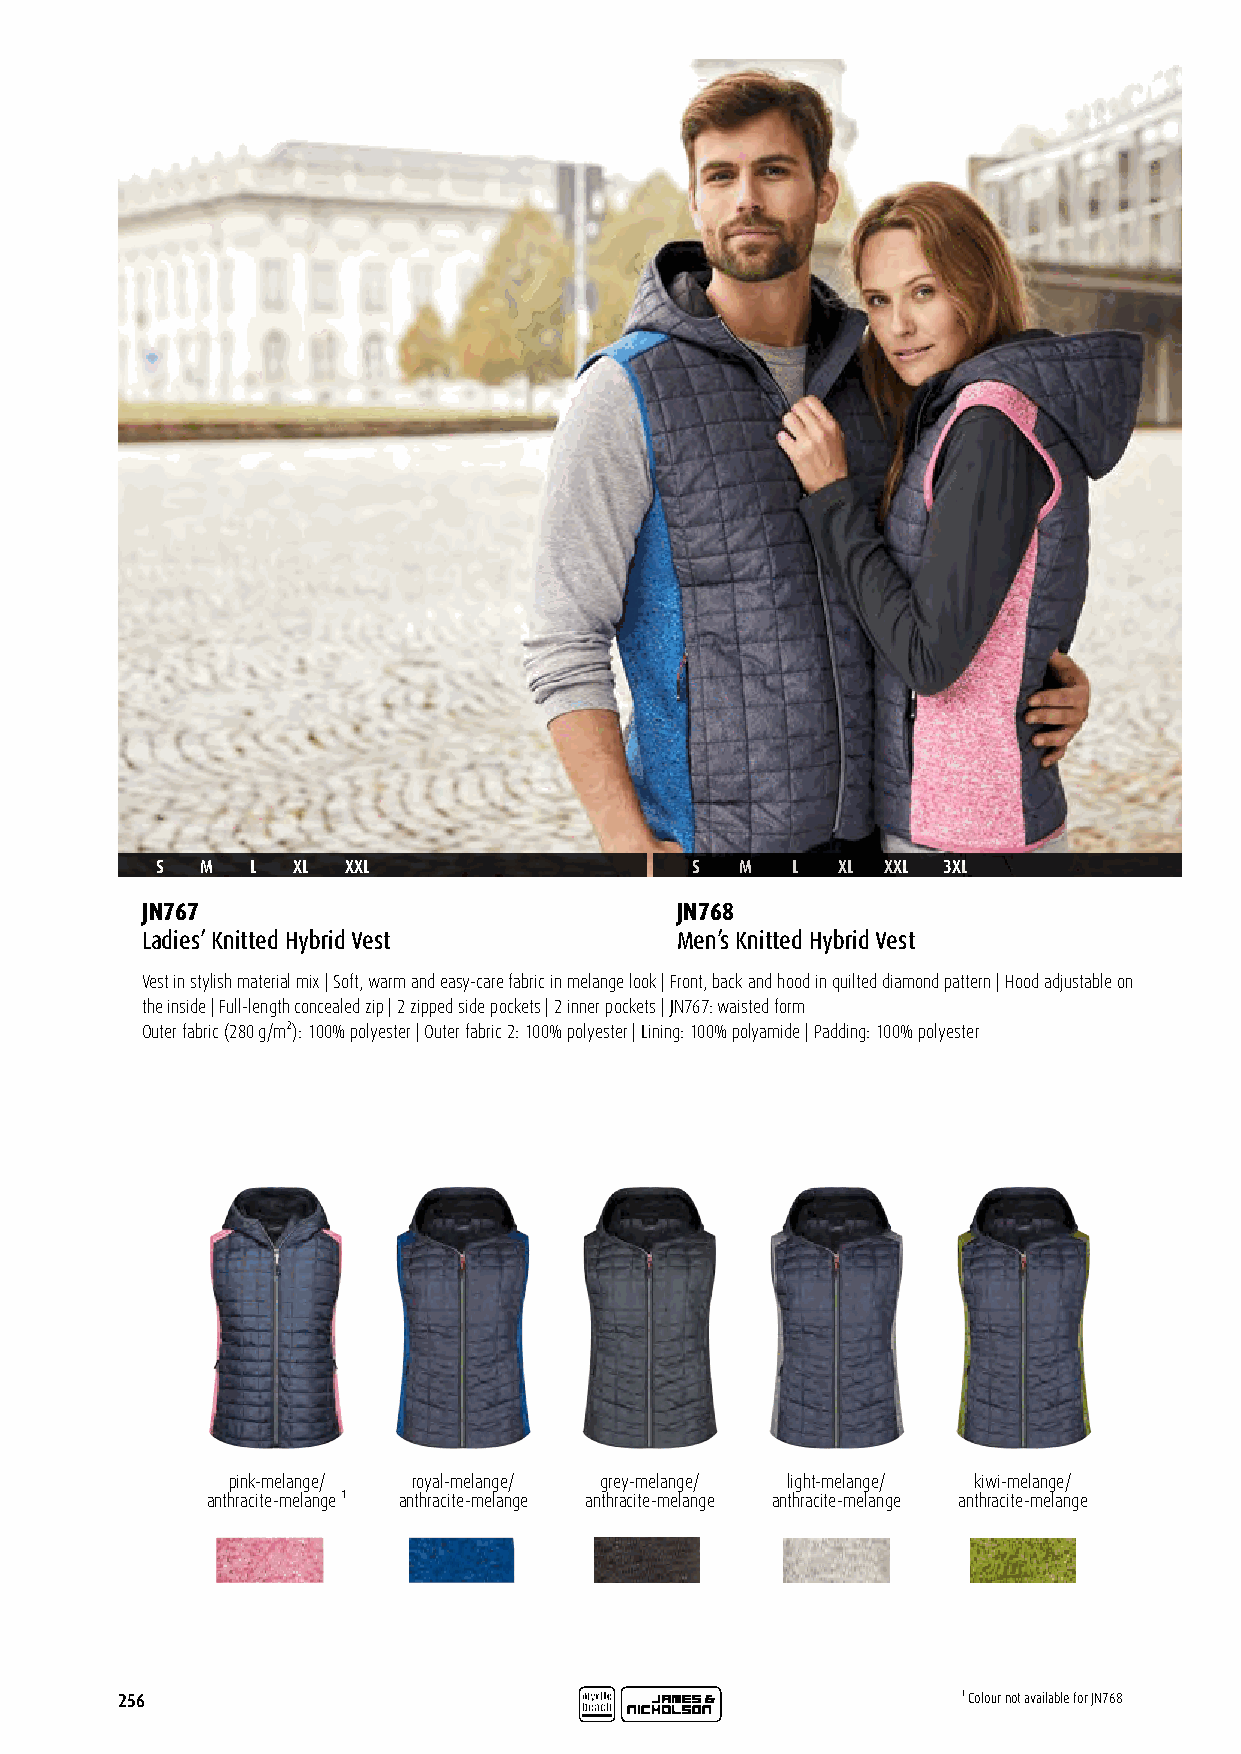
S  M   L XL  XXL                    S  M  L  XL  XXL 3XL
 JN767                               JN768
 Ladies’ Knitted Hybrid Vest         Men’s Knitted Hybrid Vest
 Vest in stylish material mix | Soft, warm and easy-care fabric in melange look | Front, back and hood in quilted diamond pattern | Hood adjustable on
 the inside | Full-length concealed zip | 2 zipped side pockets | 2 inner pockets | JN767: waisted form
 Outer fabric (280 g/m²): 100% polyester | Outer fabric 2: 100% polyester | Lining: 100% polyamide | Padding: 100% polyester
 pink-melange/ royal-melange/ grey-melange/ light-melange/ kiwi-melange/
 anthracite-melange ¹ anthracite-melange anthracite-melange anthracite-melange anthracite-melange
 256                                                     ¹ Colour not available for JN768